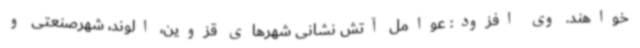
خواهند. وی افزود: عوامل آتش نشانی شهرهای قزوین، الوند، شهرصنعتی و